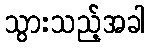
သွားသည့်အခါ